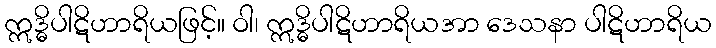
ဣဒ္ဓိပါဋိဟာရိယဖြင့်။ ဝါ၊ ဣဒ္ဓိပါဋိဟာရိယအာ ဒေသနာ ပါဋိဟာရိယ